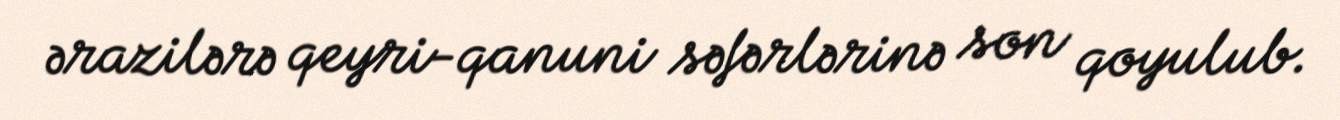
ərazilərə qeyri-qanuni səfərlərinə son qoyulub.